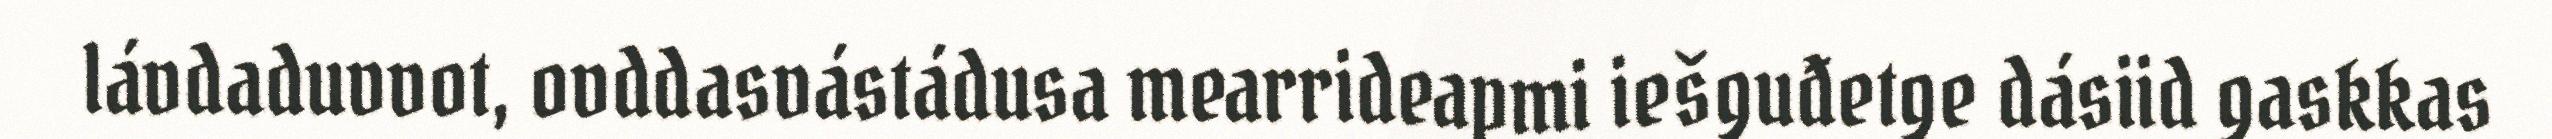
lávdaduvvot, ovddasvástádusa mearrideapmi iešguđetge dásiid gaskkas